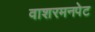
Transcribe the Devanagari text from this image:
वाशरमनपेट